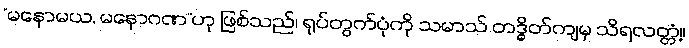
“မနောမယ, မနောဂဏ”ဟု ဖြစ်သည်၊ ရုပ်တွက်ပုံကို သမာသ် တဒ္ဓိတ်ကျမှ သိရလတ္တံ့။